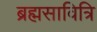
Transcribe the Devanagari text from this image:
ब्रह्मसावित्रि